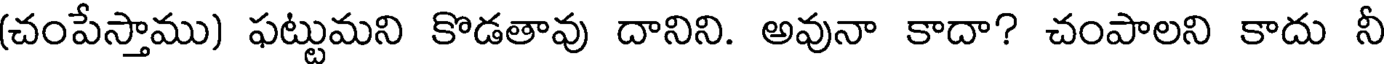
(చంపేస్తాము) ఫట్టుమని కొడతావు దానిని. అవునా కాదా? చంపాలని కాదు నీ